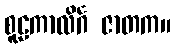
စူဠကာလိင်္ဂ ဇာတက။